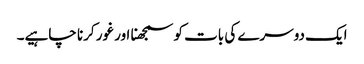
ایک دوسرے کی بات کو سمجھنا اور غور کرنا چاہیے۔